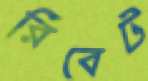
রিবেট